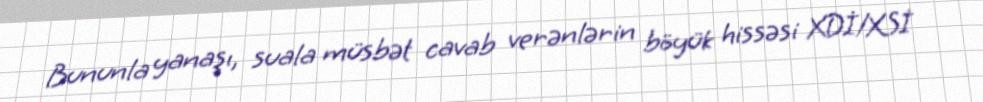
Bununla yanaşı, suala müsbət cavab verənlərin böyük hissəsi XDİ/XSİ